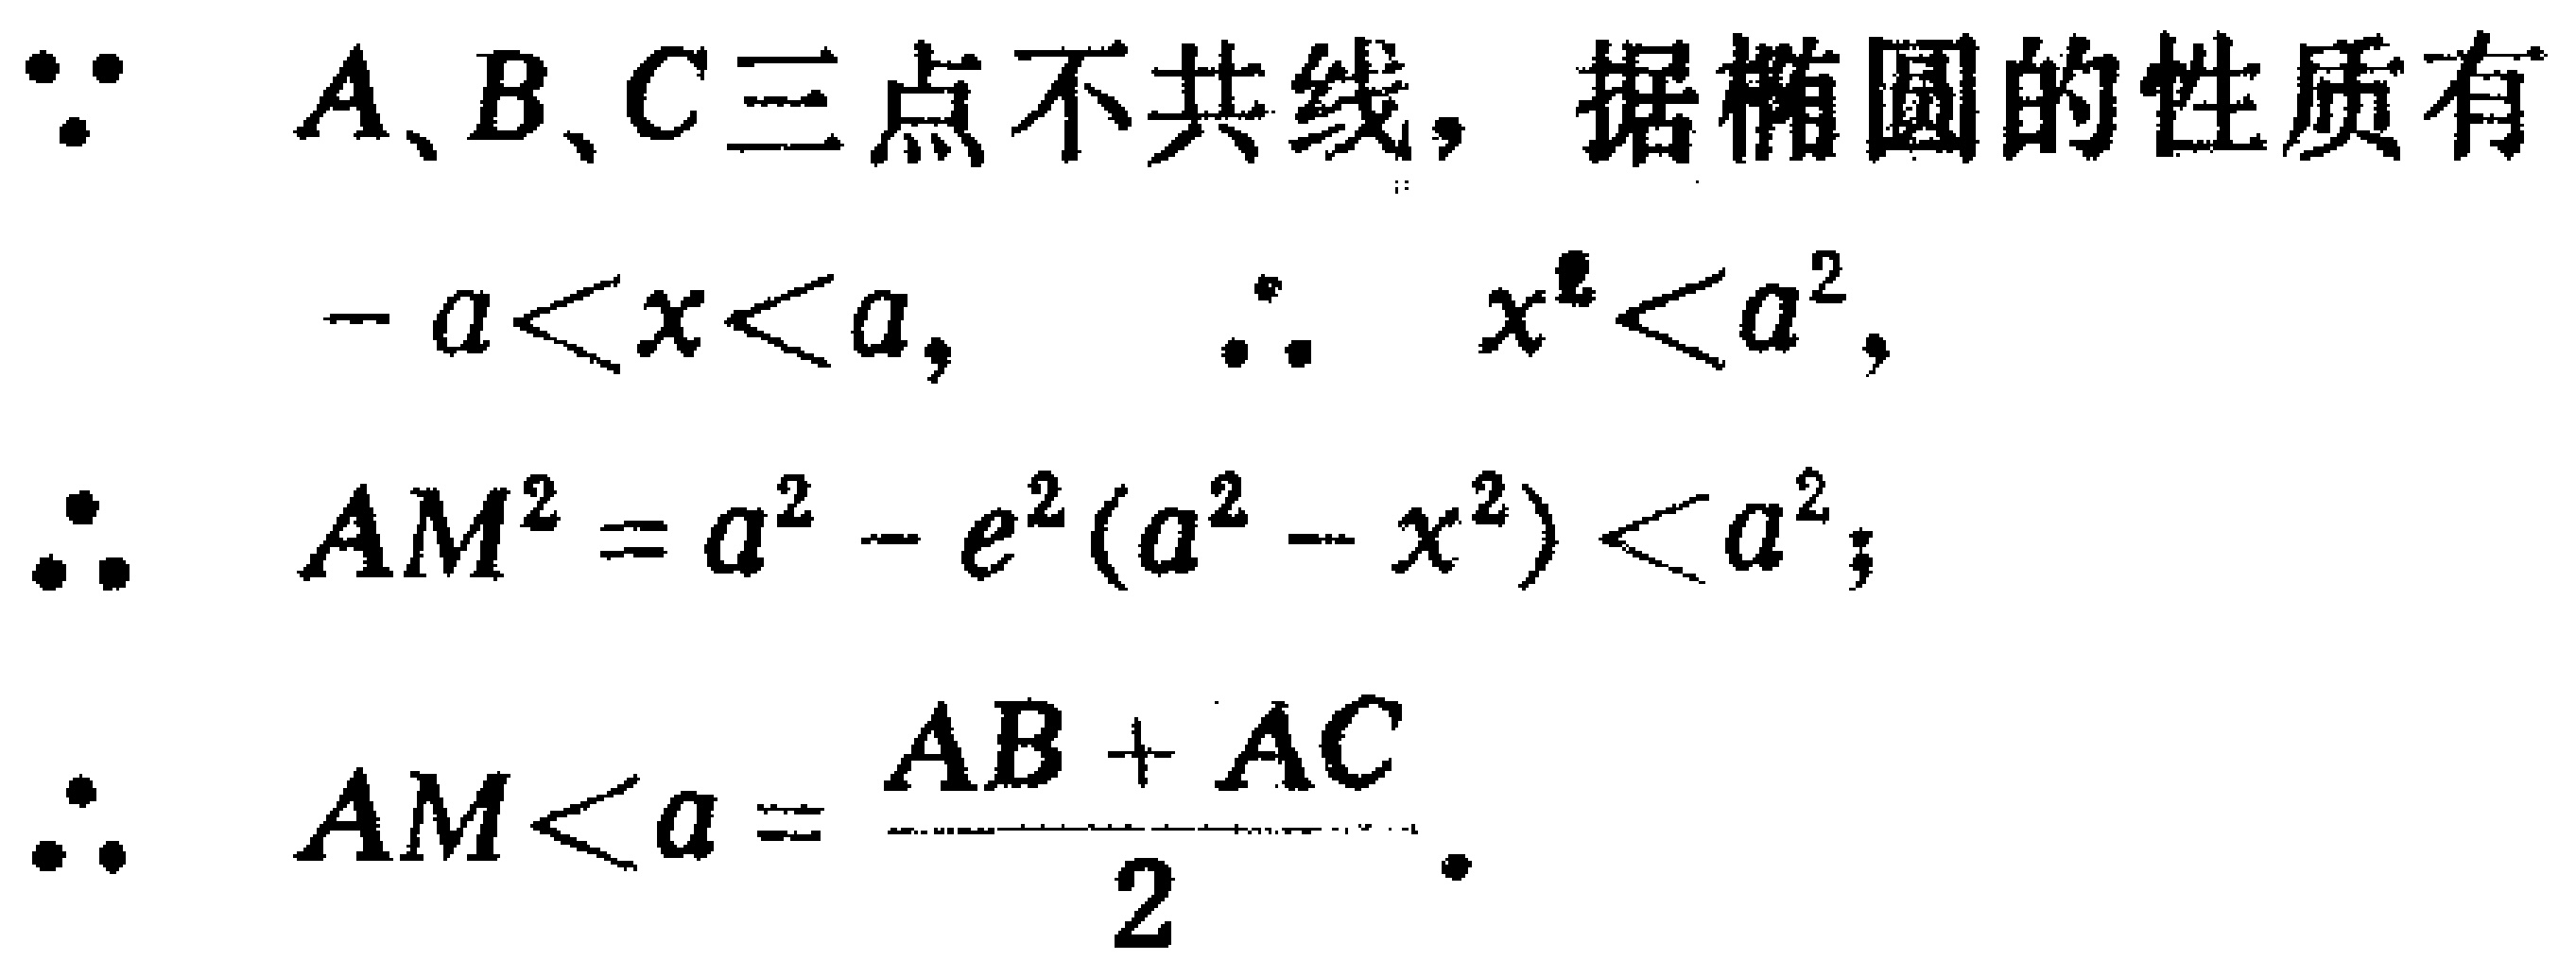
\begin{align*}
&\because \text{ A、B、C三点不共线，据椭圆的性质有}\\
&-a < x < a, \quad \therefore x^{2}<a^{2},\\
&\therefore AM^{2}=a^{2}-e^{2}(a^{2}-x^{2})<a^{2};\\
&\therefore AM < a=\frac{AB + AC}{2}.
\end{align*}